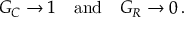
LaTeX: G _ { C } \to 1 \quad { \mathrm { a n d } } \quad G _ { R } \to 0 \, .